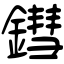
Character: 鏏